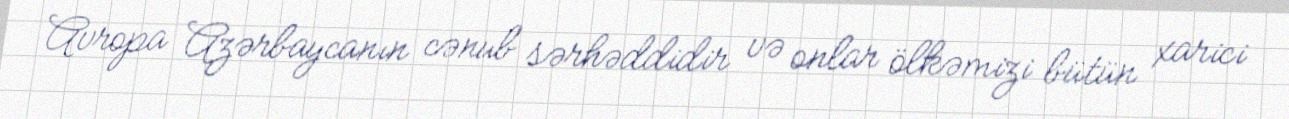
Avropa Azərbaycanın cənub sərhəddidir və onlar ölkəmizi bütün xarici